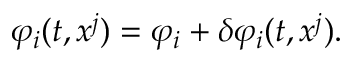
\varphi _ { i } ( t , x ^ { j } ) = \varphi _ { i } + \delta \varphi _ { i } ( t , x ^ { j } ) .